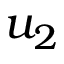
u _ { 2 }